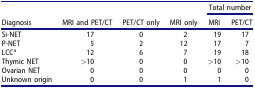
<table><thead><tr><td></td><td></td><td></td><td></td><td colspan="2"><b>Total number</b></td></tr><tr><td><b>Diagnosis</b></td><td><b>MRI and PET/CT</b></td><td><b>PET/CT only</b></td><td><b>MRI only</b></td><td><b>MRI</b></td><td><b>PET/CT</b></td></tr></thead><tbody><tr><td>Si-NET</td><td>17</td><td>0</td><td>2</td><td>19</td><td>17</td></tr><tr><td>P-NET</td><td>5</td><td>2</td><td>12</td><td>17</td><td>7</td></tr><tr><td>LCC<sup>a</sup></td><td>12</td><td>6</td><td>7</td><td>19</td><td>18</td></tr><tr><td>Thymic NET</td><td>&gt;10</td><td>0</td><td>0</td><td>&gt;10</td><td>&gt;10</td></tr><tr><td>Ovarian NET</td><td>0</td><td>0</td><td>0</td><td>0</td><td>0</td></tr><tr><td>Unknown origin</td><td>0</td><td>0</td><td>1</td><td>1</td><td>0</td></tr></tbody></table>